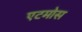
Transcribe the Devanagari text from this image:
एटमोस